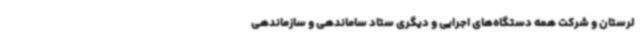
لرستان و شرکت همه دستگاه‌های اجرایی و دیگری ستاد ساماندهی و سازماندهی